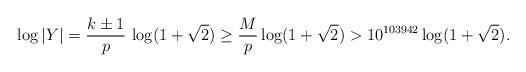
LaTeX: \begin{align*} \log |Y| = \frac{k \pm 1}{p} \, \log (1+\sqrt{2}) \geq \frac{M}{p} \log (1+ \sqrt{2}) > 10^{103942} \log (1+ \sqrt{2}).\end{align*}